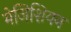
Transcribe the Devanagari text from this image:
मेजिशियन